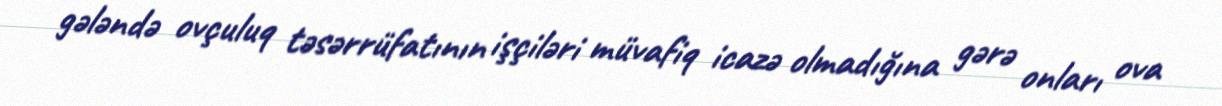
gələndə ovçuluq təsərrüfatının işçiləri müvafiq icazə olmadığına gərə onları ova